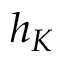
h _ { K }